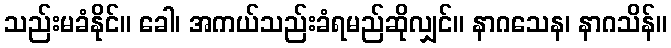
သည်းမခံနိုင်။ ခေါ၊ အကယ်သည်းခံရမည်ဆိုလျှင်။ နာဂသေန၊ နာဂသိန်။